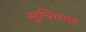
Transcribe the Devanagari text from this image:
सुविधाएं।